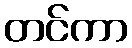
တင်ကာ